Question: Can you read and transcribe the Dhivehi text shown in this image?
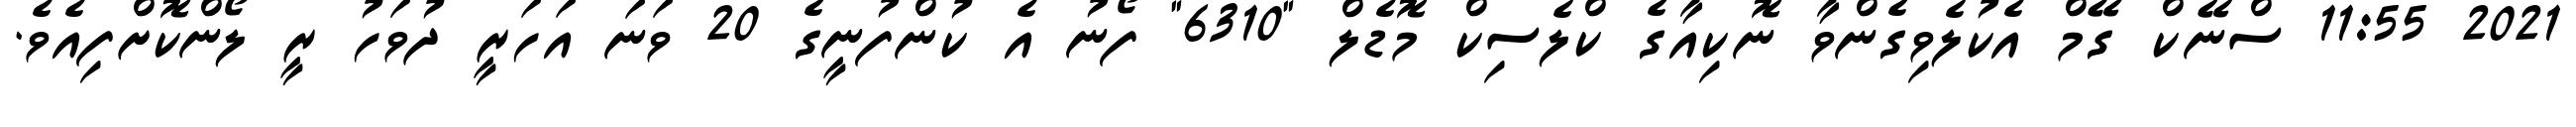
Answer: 2021 11:55 ސްނޭކް ގޭމް އެކުލެވިގެންވާ ނޮކިއާގެ ކްލެސިކް މޮޑެލް "6310" ފޯނު އެ ކުންފުނީގެ 20 ވަނަ އަހަރީ ދުވަހު ރީ ލޯންކޮށްފިއެވެ.